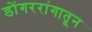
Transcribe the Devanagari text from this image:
डोंगररांगातून